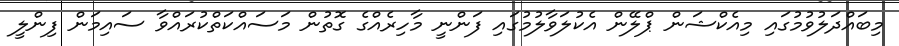
މިބައްދަލުވުމުގައި މިއެކްޝަން ޕްލޭން އެކުލަވާލުމުގައި ފަންނީ މާހިރެއްގެ ގޮތުން މަސައްކަތްކުރައްވާ ސައިމަން ފިންލީ